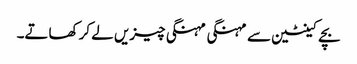
بچے کینٹین سے مہنگی مہنگی چیزیں لے کر کھاتے۔